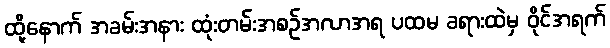
ထို့နောက် အခမ်းအနား ထုံးတမ်းအစဉ်အလာအရ ပထမ ခရားထဲမှ ဝိုင်အရက်